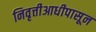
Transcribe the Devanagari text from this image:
निवृत्तीआधीपासून